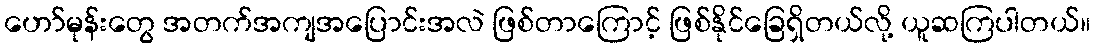
ဟော်မုန်းတွေ အတက်အကျအပြောင်းအလဲ ဖြစ်တာကြောင့် ဖြစ်နိုင်ခြေရှိတယ်လို့ ယူဆကြပါတယ်။